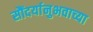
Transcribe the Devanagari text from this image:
सौंदर्यानुभवाच्या